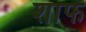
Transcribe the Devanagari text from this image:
शाफ